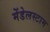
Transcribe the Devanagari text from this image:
मेंडेलस्टाम